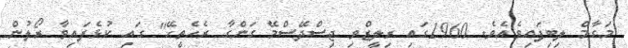
މަގާމް ލިބިފައިވެއެވެ. 1960ގައި ރިލީޒްވި ޖިސްދޭސްމޭ ގަންގާ ރެހެތީހޭ'' ގައި ކުޅެފައިވާ ރޯލުން